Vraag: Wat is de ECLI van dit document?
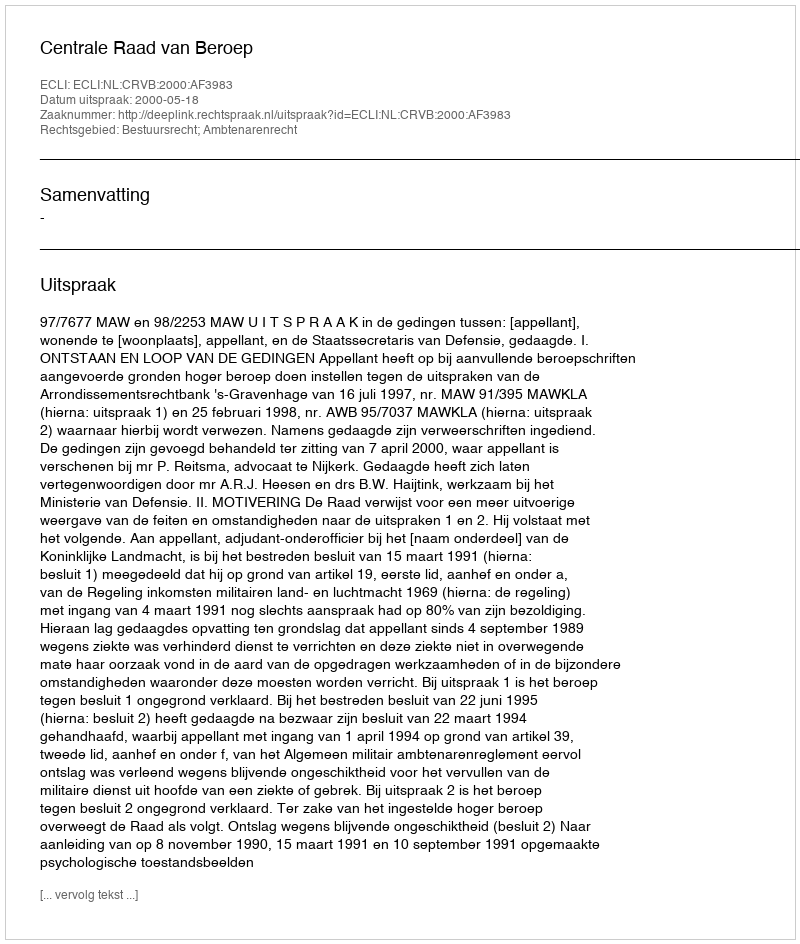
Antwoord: ECLI:NL:CRVB:2000:AF3983